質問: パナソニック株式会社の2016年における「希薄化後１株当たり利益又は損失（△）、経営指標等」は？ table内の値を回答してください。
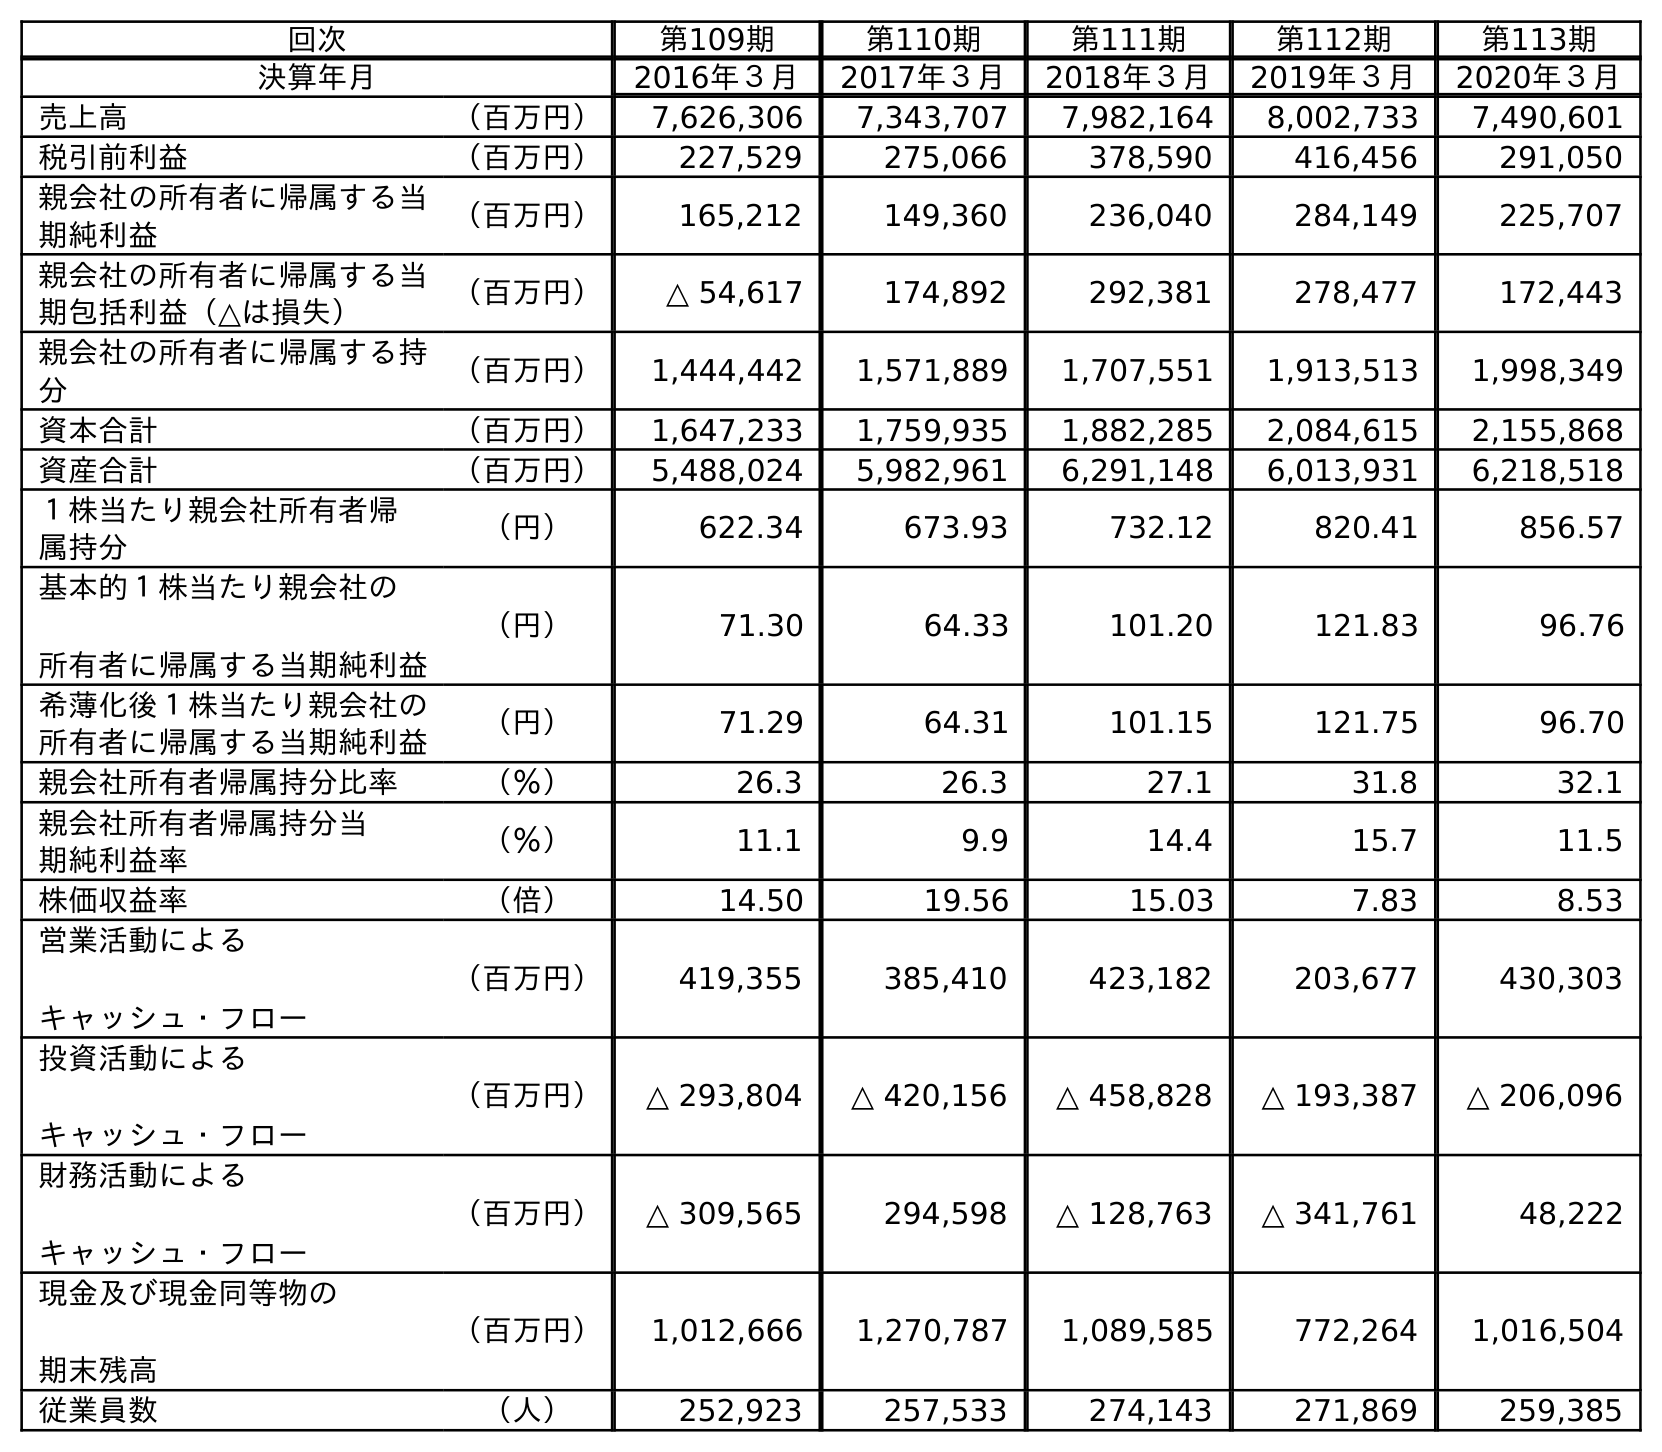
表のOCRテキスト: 回次 第109期 第110期 第111期 第112期 第113期 決算年月 2016年３月 2017年３月 2018年３月 2019年３月 2020年３月 売上高 （百万円） 7,626,306 7,343,707 7,982,164 8,002,733 7,490,601 税引前利益 （百万円） 227,529 275,066 378,590 416,456 291,050 親会社の所有者に帰属する当 期純利益 （百万円） 165,212 149,360 236,040 284,149 225,707 親会社の所有者に帰属する当 期包括利益（△は損失） （百万円） △ 54,617 174,892 292,381 278,477 172,443 親会社の所有者に帰属する持 分 （百万円） 1,444,442 1,571,889 1,707,551 1,913,513 1,998,349 資本合計 （百万円） 1,647,233 1,759,935 1,882,285 2,084,615 2,155,868 資産合計 （百万円） 5,488,024 5,982,961 6,291,148 6,013,931 6,218,518 １株当たり親会社所有者帰 属持分 （円） 622.34 673.93 732.12 820.41 856.57 基本的１株当たり親会社の 所有者に帰属する当期純利益 （円） 71.30 64.33 101.20 121.83 96.76 希薄化後１株当たり親会社の 所有者に帰属する当期純利益 （円） 71.29 64.31 101.15 121.75 96.70 親会社所有者帰属持分比率 （％） 26.3 26.3 27.1 31.8 32.1 親会社所有者帰属持分当 期純利益率 （％） 11.1 9.9 14.4 15.7 11.5 株価収益率 （倍） 14.50 19.56 15.03 7.83 8.53 営業活動による キャッシュ・フロー （百万円） 419,355 385,410 423,182 203,677 430,303 投資活動による キャッシュ・フロー （百万円） △ 293,804 △ 420,156 △ 458,828 △ 193,387 △ 206,096 財務活動による キャッシュ・フロー （百万円） △ 309,565 294,598 △ 128,763 △ 341,761 48,222 現金及び現金同等物の 期末残高 （百万円） 1,012,666 1,270,787 1,089,585 772,264 1,016,504 従業員数 （人） 252,923 257,533 274,143 271,869 259,385
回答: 71.29